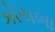
કોયબા